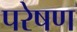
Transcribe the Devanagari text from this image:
परेषण